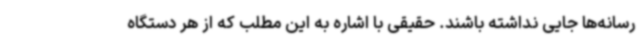
رسانه‌ها جایی نداشته باشند. حقیقی با اشاره به این مطلب که از هر دستگاه